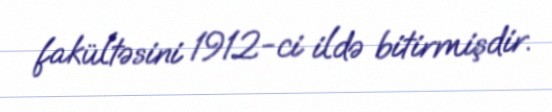
fakültəsini 1912-ci ildə bitirmişdir.